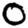
Digit: 0